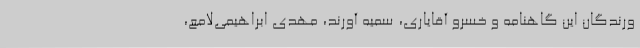
ورندگان این گاهنامه و خسرو آقایاری، سمیه آورند، مهدی ابراهیمی‌لامع،